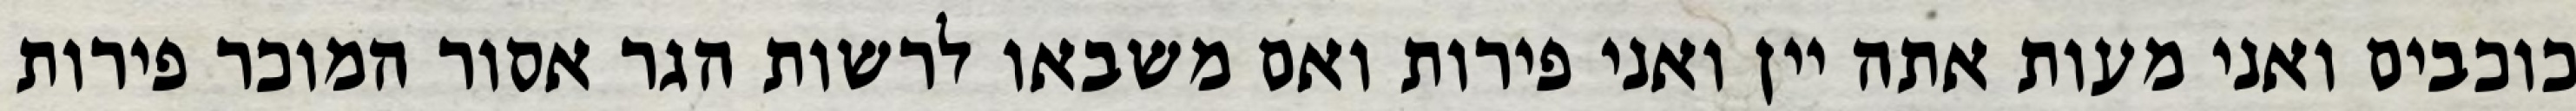
כוכבים ואני מעות אתה יין ואני פירות ואם משבאו לרשות הגר אסור המוכר פירות